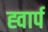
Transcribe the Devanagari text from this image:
ह्वार्प